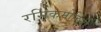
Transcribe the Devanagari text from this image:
रसिकमोहिनी